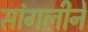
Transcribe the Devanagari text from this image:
सांगलीने